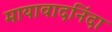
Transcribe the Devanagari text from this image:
मायावादनिंदा